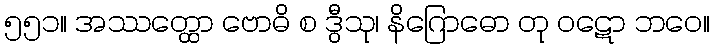
၅၅၁။ အဿတ္ထော ဗောဓိ စ ဒွီသု၊ နိဂြောဓော တု ဝဋော ဘဝေ။